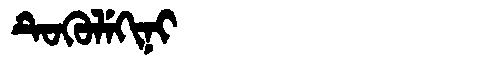
Manchu: ᡨᡠᡴᡠᠯᡝᡴᡳᠨᡳ
Romanization: TUKULEKINI